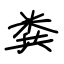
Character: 粪